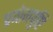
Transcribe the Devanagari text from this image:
प्रयोगपुष्टि